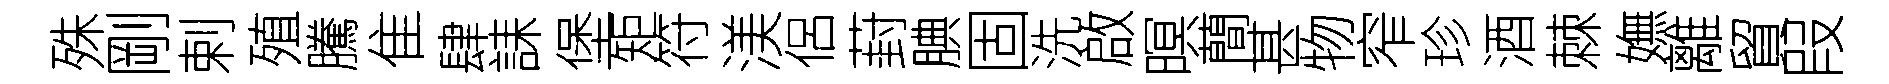
殊剛剌殖騰隹肆誄堡矩符渼侶葑腆固洗啟暝蕳甚物窄珍酒棘嫵離貿叚